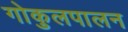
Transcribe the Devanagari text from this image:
गोकुलपालन